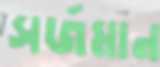
সর্জমান